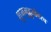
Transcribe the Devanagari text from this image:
शुभमुहूर्तावरच